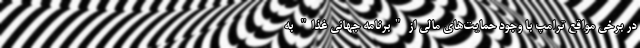
در برخی مواقع ترامپ با وجود حمایت‌های مالی از "برنامه جهانی غذا" به